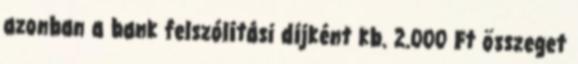
azonban a bank felszólítási díjként kb. 2.000 Ft összeget